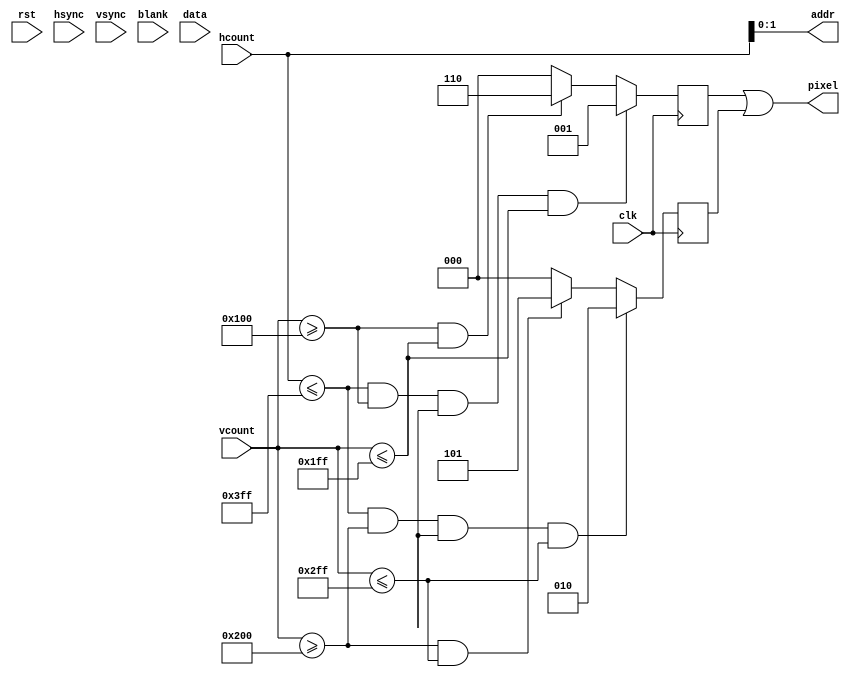
module fftdisplay #(parameter LOGFFTSIZE=0, LOGDSPSIZE=0, AUDIOWIDTH=0, DISPLWIDTH=0)
        (
            input wire clk,
            input wire rst,

            output wire [2:0] pixel,
            input wire [10:0] hcount,
            input wire [9:0] vcount,
            input wire hsync, vsync, blank,

            output wire [LOGDSPSIZE-1:0] addr,
            input wire [2*DISPLWIDTH-1:0] data
        );

    assign addr = hcount;

    reg [2:0] pxl1, pxl2;
    assign pixel = pxl1 | pxl2;

    always @ (posedge clk) begin
        if ( hcount <= 1023 && vcount >= 256 && vcount - 256 >= 255 - data[15:8] && vcount <= 511 )
            pxl1 <= 3'b001;
        else if ( vcount >= 256 && vcount <= 511 )
            pxl1 <= 3'b110;
        else
            pxl1 <= 3'b000;

        if ( hcount <= 1023 && vcount >= 512 && vcount - 512 >= 255 - data[7:0] && vcount <= 767 )
            pxl2 <= 3'b010;
        else if ( vcount >= 512 && vcount <= 767 )
            pxl2 <= 3'b101;
        else
            pxl2 <= 3'b000;

    end

endmodule